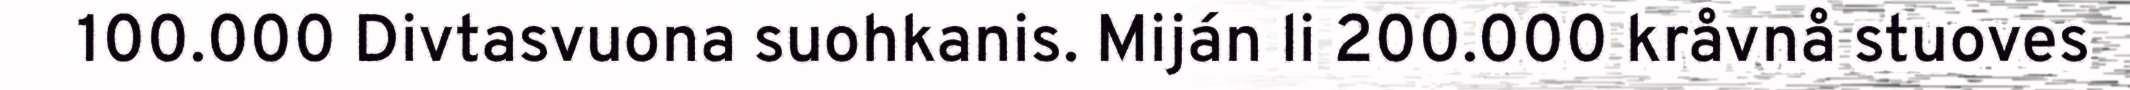
100.000 Divtasvuona suohkanis. Miján li 200.000 kråvnå stuoves